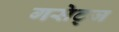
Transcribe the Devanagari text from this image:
गसेट्ज